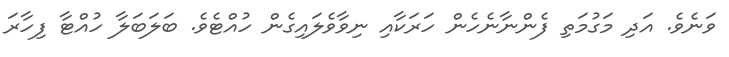
ވަނެވެ. އަދި މަގުމަތި ފެންނާނެހެން ހަރަކާއި ނިވާވެލައިގެން ހުއްޓެވެ. ބަލަބަލާ ހުއްޓާ ފިހާރަ